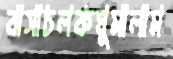
বাসাচলকঘুমালাম